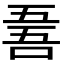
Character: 𠵥